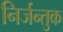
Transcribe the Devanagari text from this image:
निर्जन्तुक